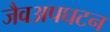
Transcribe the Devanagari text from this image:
जैवअपघटन